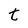
Character: t